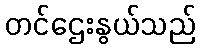
တင်ဌေးနွယ်သည်